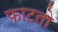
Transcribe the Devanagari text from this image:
फाटतो